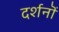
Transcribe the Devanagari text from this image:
दर्शनॊं